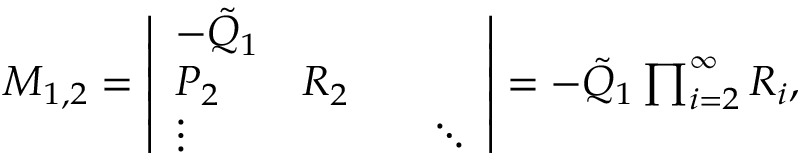
\begin{array} { r } { M _ { 1 , 2 } = \left| \begin{array} { l l l l } { - \Tilde { Q } _ { 1 } } & { } & { } & { } \\ { P _ { 2 } } & { R _ { 2 } } & { } \\ { \vdots } & { } & { } & { \ddots } \end{array} \right| = - \Tilde { Q } _ { 1 } \prod _ { i = 2 } ^ { \infty } R _ { i } , } \end{array}